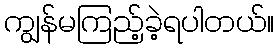
ကျွန်မကြည့်ခဲ့ရပါတယ်။